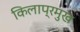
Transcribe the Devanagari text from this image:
किलाप्रमुख